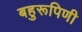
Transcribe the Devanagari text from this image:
बहुरूपिणी